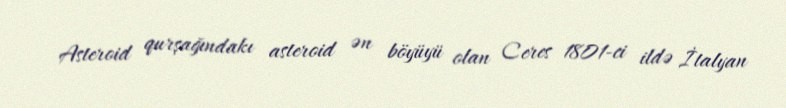
Asteroid qurşağındakı asteroid ən böyüyü olan Ceres 1801-ci ildə İtalyan